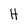
Character: H